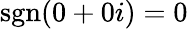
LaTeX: \operatorname{sgn}(0+0i)=0